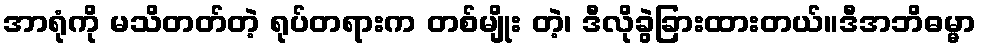
အာရုံကို မသိတတ်တဲ့ ရုပ်တရားက တစ်မျိုး တဲ့၊ ဒီလိုခွဲခြားထားတယ်။ဒီအဘိဓမ္မာ